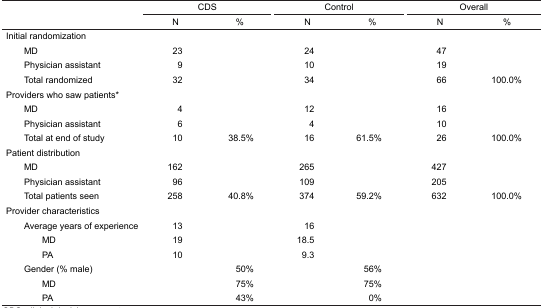
<table><thead><tr><td></td><td colspan="2"><b>CDS</b></td><td colspan="2"><b>Control</b></td><td colspan="2"><b>Overall</b></td></tr><tr><td></td><td><b>N</b></td><td><b>%</b></td><td><b>N</b></td><td><b>%</b></td><td><b>N</b></td><td><b>%</b></td></tr></thead><tbody><tr><td>Initial randomization</td><td></td><td></td><td></td><td></td><td></td><td></td></tr><tr><td> MD</td><td>23</td><td></td><td>24</td><td></td><td>47</td><td></td></tr><tr><td> Physician assistant</td><td>9</td><td></td><td>10</td><td></td><td>19</td><td></td></tr><tr><td> Total randomized</td><td>32</td><td></td><td>34</td><td></td><td>66</td><td>100.0%</td></tr><tr><td>Providers who saw patients*</td><td></td><td></td><td></td><td></td><td></td><td></td></tr><tr><td> MD</td><td>4</td><td></td><td>12</td><td></td><td>16</td><td></td></tr><tr><td> Physician assistant</td><td>6</td><td></td><td>4</td><td></td><td>10</td><td></td></tr><tr><td> Total at end of study</td><td>10</td><td>38.5%</td><td>16</td><td>61.5%</td><td>26</td><td>100.0%</td></tr><tr><td>Patient distribution</td><td></td><td></td><td></td><td></td><td></td><td></td></tr><tr><td> MD</td><td>162</td><td></td><td>265</td><td></td><td>427</td><td></td></tr><tr><td> Physician assistant</td><td>96</td><td></td><td>109</td><td></td><td>205</td><td></td></tr><tr><td> Total patients seen</td><td>258</td><td>40.8%</td><td>374</td><td>59.2%</td><td>632</td><td>100.0%</td></tr><tr><td>Provider characteristics</td><td></td><td></td><td></td><td></td><td></td><td></td></tr><tr><td> Average years of experience</td><td>13</td><td></td><td>16</td><td></td><td></td><td></td></tr><tr><td>MD</td><td>19</td><td></td><td>18.5</td><td></td><td></td><td></td></tr><tr><td>PA</td><td>10</td><td></td><td>9.3</td><td></td><td></td><td></td></tr><tr><td> Gender (% male)</td><td></td><td>50%</td><td></td><td>56%</td><td></td><td></td></tr><tr><td>MD</td><td></td><td>75%</td><td></td><td>75%</td><td></td><td></td></tr><tr><td>PA</td><td></td><td>43%</td><td></td><td>0%</td><td></td><td></td></tr></tbody></table>